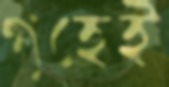
গৃহেই